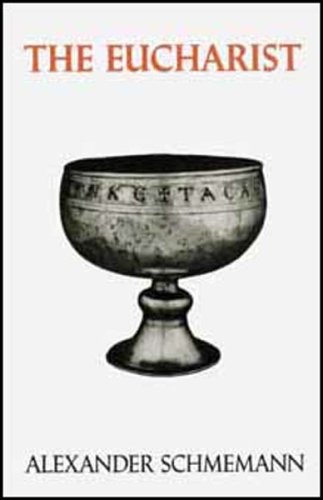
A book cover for The Eucharist: Sacrament of the Kingdom; Alexander Schmemann; Christian Books & Bibles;